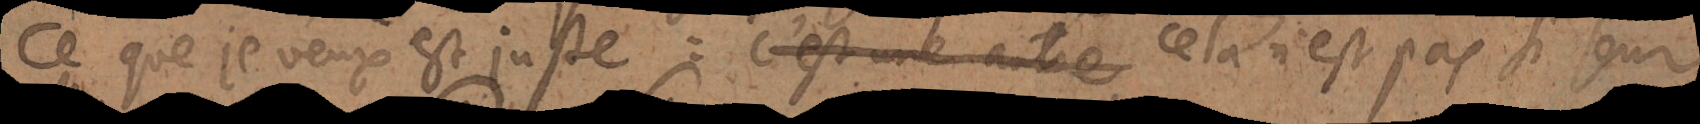
ce que je veux est juste: c’est une autre affaire cela n’est pas si seur.